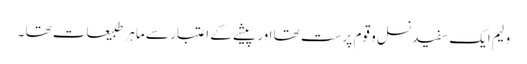
ولیم ایک سفید نسل و قوم پرست تھا اور پیشے کے اعتبار سے ماہر طبیعات تھا ۔